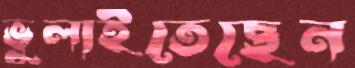
ভুলাইতেছেন